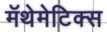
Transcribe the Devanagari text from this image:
मॅथेमेटिक्स